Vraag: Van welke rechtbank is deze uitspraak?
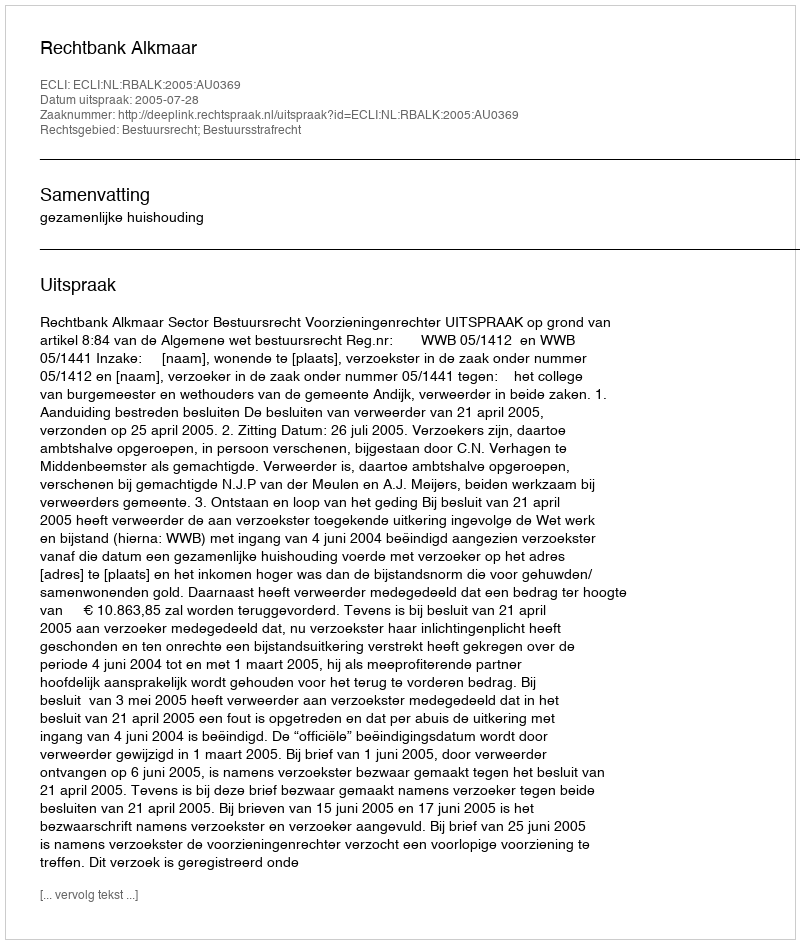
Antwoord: Rechtbank Alkmaar